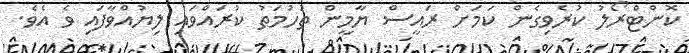
ކޮންޓްރޯލު ކުރެވިގެން ކަމަށް ރައީސް ޔާމީން ތުހުމަތު ކުރައްވައި ލިޔުއްވާފައި ވެ އެވެ.